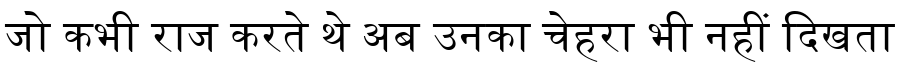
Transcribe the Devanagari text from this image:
जो कभी राज करते थे अब उनका चेहरा भी नहीं दिखता